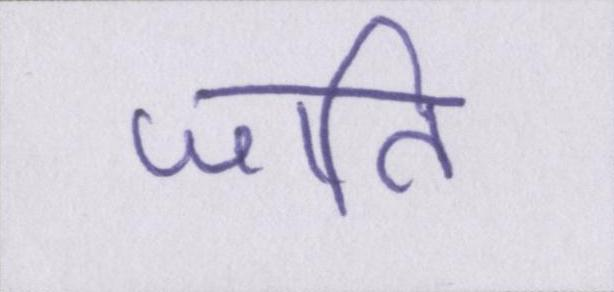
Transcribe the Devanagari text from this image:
जाति